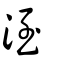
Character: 洷